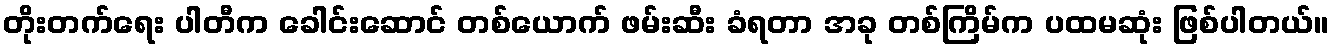
တိုးတက်ရေး ပါတီက ခေါင်းဆောင် တစ်ယောက် ဖမ်းဆီး ခံရတာ အခု တစ်ကြိမ်က ပထမဆုံး ဖြစ်ပါတယ်။